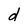
Character: d